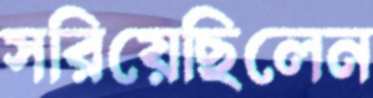
সরিয়েছিলেন